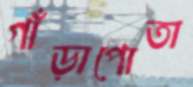
গাঁড়াপোতা